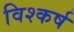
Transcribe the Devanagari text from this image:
विश्कर्ष